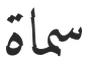
سماة